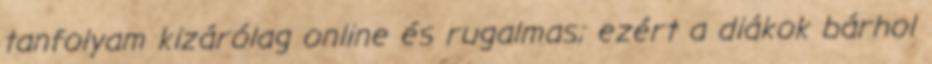
tanfolyam kizárólag online és rugalmas; ezért a diákok bárhol